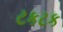
ટકટક